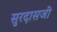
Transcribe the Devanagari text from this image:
सुरदासजी